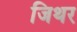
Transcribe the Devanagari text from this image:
जिथर